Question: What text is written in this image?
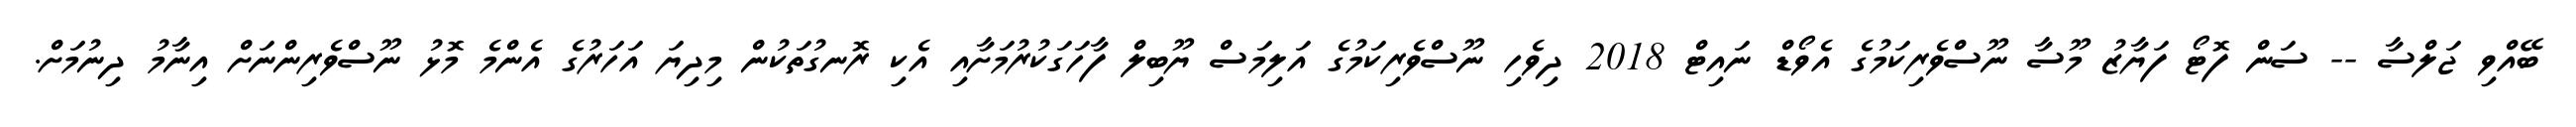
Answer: ބޭއްވި ޖަލްސާ -- ސަން ފޮޓޯ ފަޔާޒު މޫސާ ނޫސްވެރިކަމުގެ އެވޯޑް ނައިޓް 2018 ދިވެހި ނޫސްވެރިކަމުގެ އަލިމަސް ޔޫބިލް ފާހަގަކުރުމަށާއި އެކި ރޮނގުތަކުން މިދިޔަ އަހަރުގެ އެންމެ މޮޅު ނޫސްވެރިންނަށް އިނާމު ދިނުމަށް.